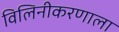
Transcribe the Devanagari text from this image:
विलिनीकरणाला